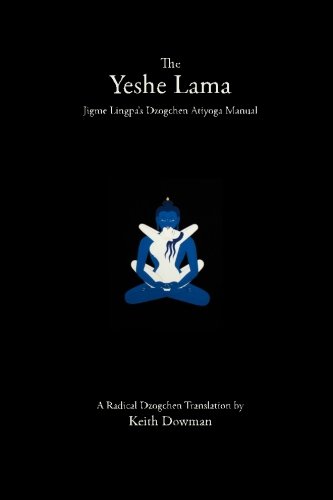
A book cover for The Yeshe Lama: Jigme Lingpa's Dzogchen Atiyoga Manual; Keith Dowman; Religion & Spirituality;